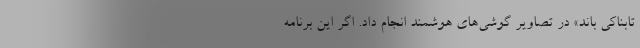
تابناکی باند» در تصاویر گوشی‌های هوشمند انجام داد. اگر این برنامه